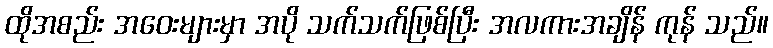
ထိုအစည်း အဝေးများမှာ အပို သက်သက်ဖြစ်ပြီး အလကားအချိန် ကုန် သည်။